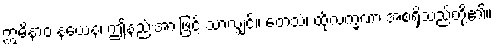
ဣမိနာဝ နယေန၊ ဤနည်းအားဖြင့် သာလျှင်။ တေသံ၊ ထိုလက္ခဏာ အစရှိသည်တို့၏။